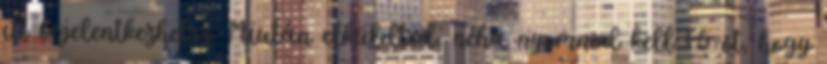
itt bejelentkezhetsz. Miután elküldted, néha nyomnod kell F5-öt, hogy